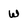
Character: w